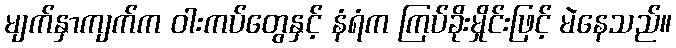
မျက်နှာကျက်က ဝါးကပ်တွေနှင့် နံရံက ကြပ်ခိုးမှိုင်းဖြင့် မဲနေသည်။